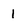
Character: 1